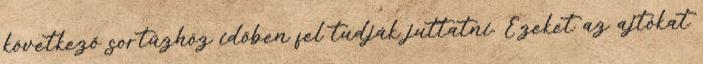
következő sortűzhöz időben fel tudják juttatni. Ezeket az ajtókat